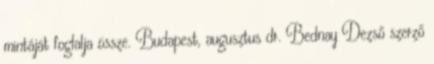
mintáját foglalja össze. Budapest, augusztus dr. Bednay Dezső szerző